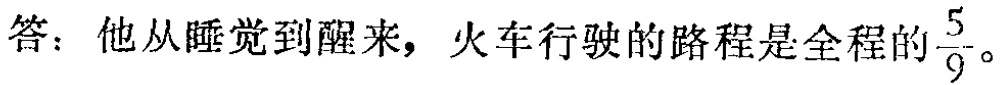
答：他从睡觉到醒来，火车行驶的路程是全程的$\frac{5}{9}$。